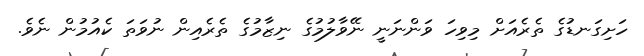
ހަށިގަނޑުގެ ތެރެއަށް މިވިހަ ވަންނަނީ ނޭވާލުމުގެ ނިޒާމުގެ ތެރެއިން ނުވަތަ ކެއުމުން ނެވެ.